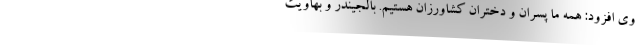
وی افزود: همه ما پسران و دختران کشاورزان هستیم. بالجیندر و بهاویت